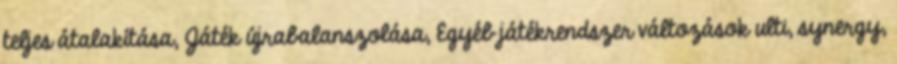
teljes átalakítása, Játék újrabalanszolása, Egyéb játékrendszer változások ulti, synergy,